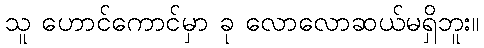
သူ ဟောင်ကောင်မှာ ခု လောလောဆယ်မရှိဘူး။